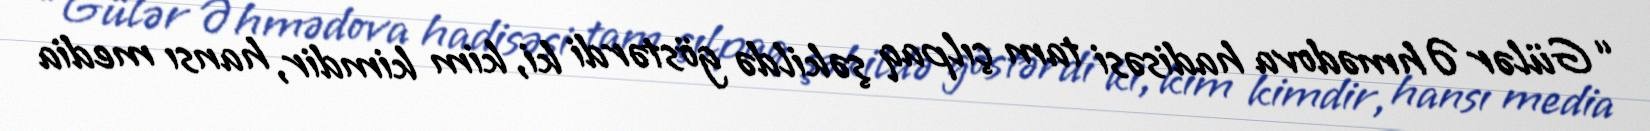
“Gülər Əhmədova hadisəsi tam çılpaq şəkildə göstərdi ki, kim kimdir, hansı media